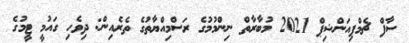
ސާފް ޗެމްޕިއަންޝިޕް 2021 މުބާރާތް ނިންމުމުގެ ރަސްމިއްޔާތުގެ ތެރެއިން: ދިވެހި ގައުމީ ޓީމުގެ